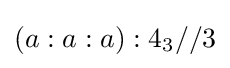
\left(a:a:a\right):4_{3}//3